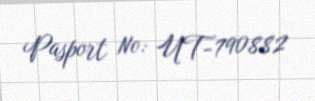
Pasport №: UT-790882